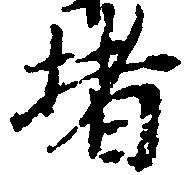
堵